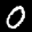
Label: 0